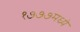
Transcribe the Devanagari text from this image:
१७७७मध्ये